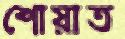
শোয়াত